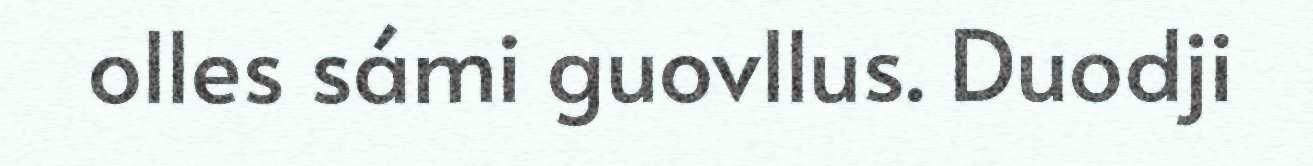
olles sámi guovllus. Duodji